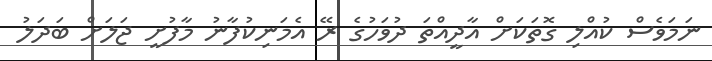
ނަމަވެސް ކުއްލި ގޮތަކަށް އާދީއްތަ ދުވަހުގެ ރޭ އެމަނިކުފާނު މާފުށީ ޖަލަށް ބަދަލު